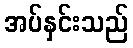
အပ်နှင်းသည်